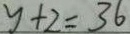
y + 2 = 3 6